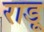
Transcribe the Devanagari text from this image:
राडू